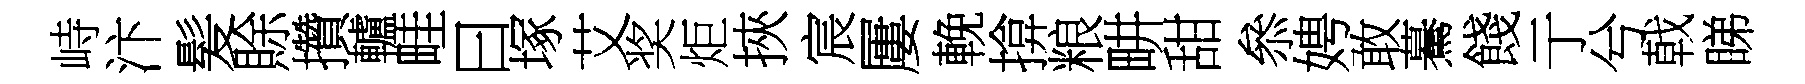
峙汴髪賖攢轤畦曰塚艾奖炬挾宸屢輓揜粮畊甜叅娉敢驀餞亍兮戟睇